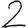
Digit: 2